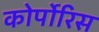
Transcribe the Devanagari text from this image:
कोर्पोरिस